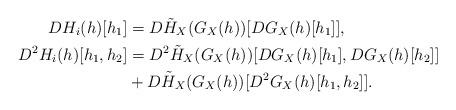
LaTeX: \begin{align*}D H_i(h)[h_1] &= D \tilde H_X( G_X(h) )[ D G_X(h)[h_1]],\\D^2 H_i (h)[h_1,h_2] &= D^2 \tilde H_X(G_X(h))[D G_X(h)[h_1],D G_X(h)[h_2] ] \\&+ D \tilde H_X(G_X(h))[D^2 G_X(h)[h_1,h_2]].\end{align*}